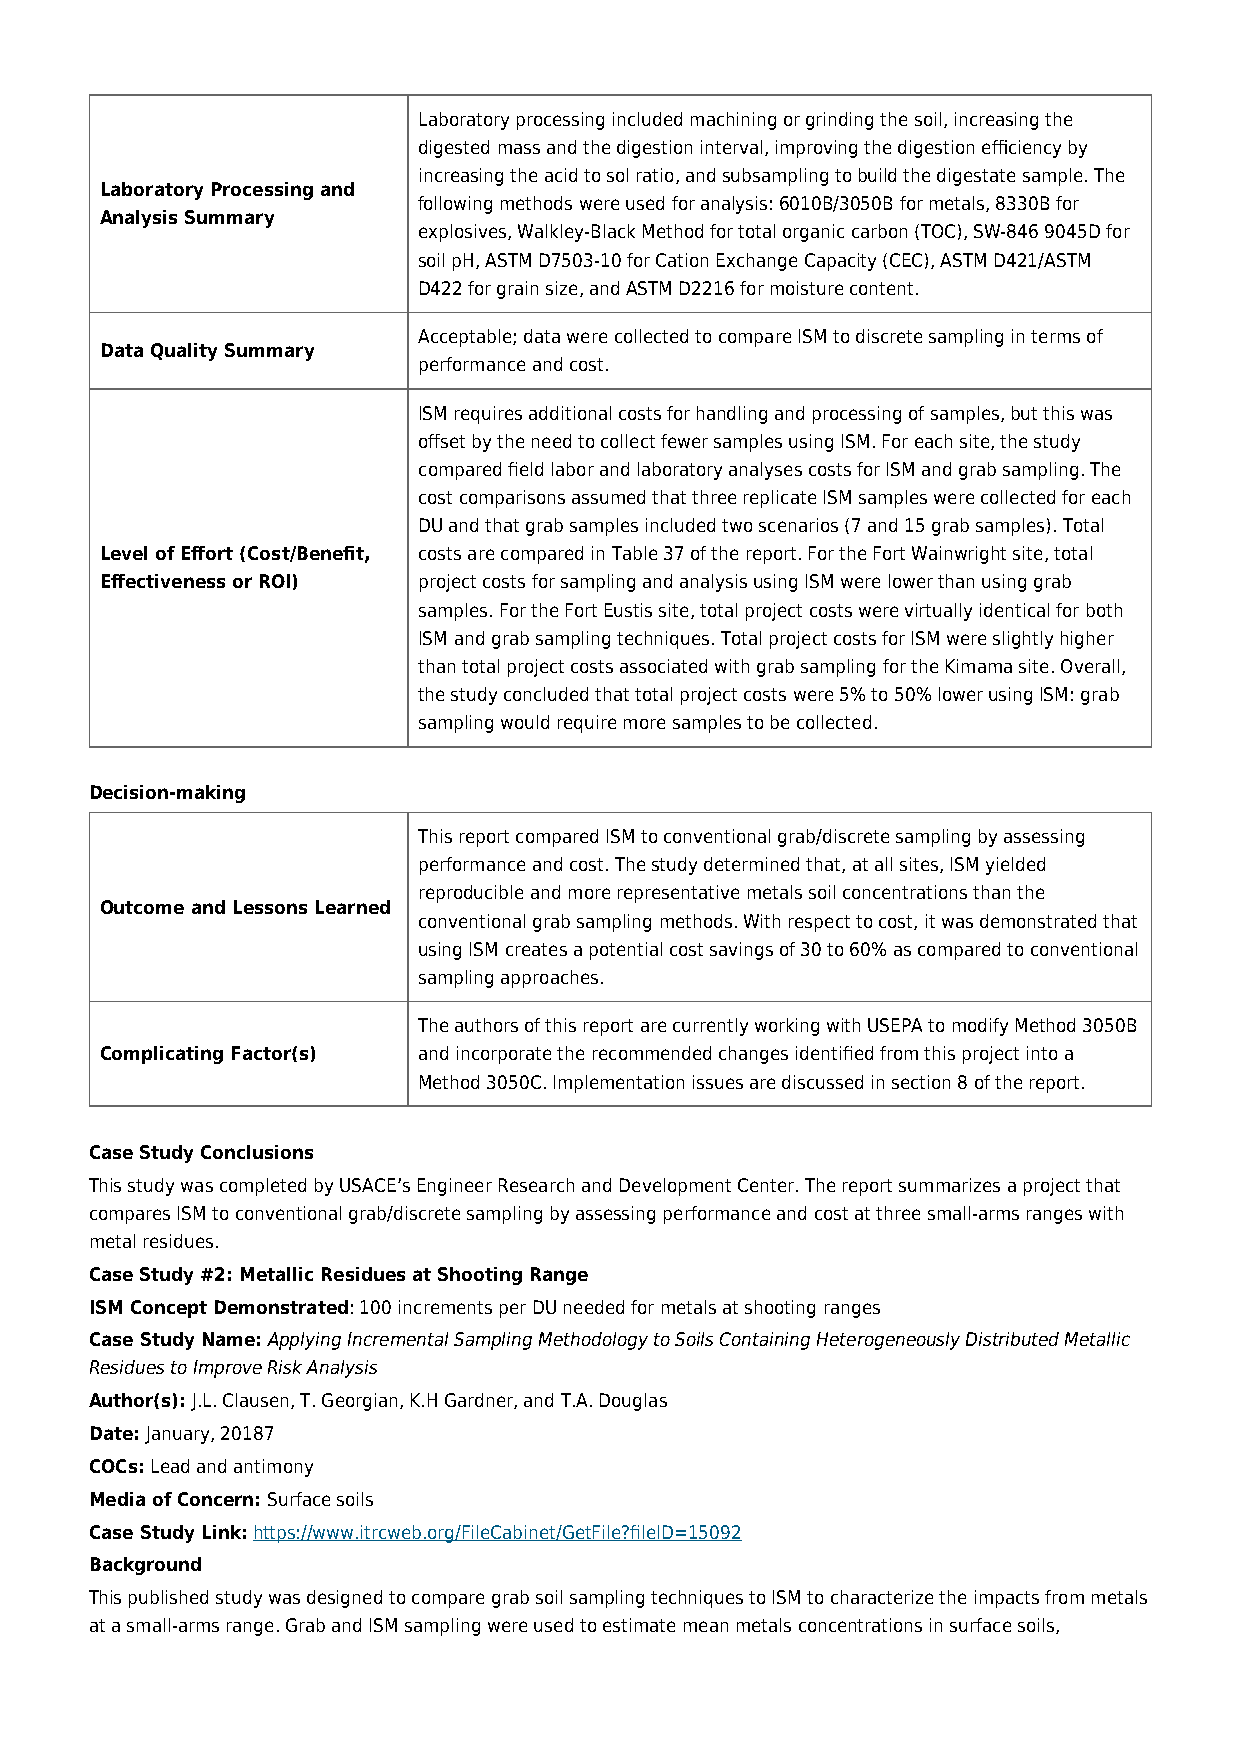
Laboratory processing included machining or grinding the soil, increasing the
 digested mass and the digestion interval, improving the digestion efficiency by
 increasing the acid to sol ratio, and subsampling to build the digestate sample. The
 Laboratory Processing and
 following methods were used for analysis: 6010B/3050B for metals, 8330B for
 Analysis Summary
 explosives, Walkley-Black Method for total organic carbon (TOC), SW-846 9045D for
 soil pH, ASTM D7503-10 for Cation Exchange Capacity (CEC), ASTM D421/ASTM
 D422 for grain size, and ASTM D2216 for moisture content.
 Acceptable; data were collected to compare ISM to discrete sampling in terms of
 Data Quality Summary
 performance and cost.
 ISM requires additional costs for handling and processing of samples, but this was
 offset by the need to collect fewer samples using ISM. For each site, the study
 compared field labor and laboratory analyses costs for ISM and grab sampling. The
 cost comparisons assumed that three replicate ISM samples were collected for each
 DU and that grab samples included two scenarios (7 and 15 grab samples). Total
 Level of Effort (Cost/Benefit, costs are compared in Table 37 of the report. For the Fort Wainwright site, total
 Effectiveness or ROI) project costs for sampling and analysis using ISM were lower than using grab
 samples. For the Fort Eustis site, total project costs were virtually identical for both
 ISM and grab sampling techniques. Total project costs for ISM were slightly higher
 than total project costs associated with grab sampling for the Kimama site. Overall,
 the study concluded that total project costs were 5% to 50% lower using ISM: grab
 sampling would require more samples to be collected.
 Decision-making
 This report compared ISM to conventional grab/discrete sampling by assessing
 performance and cost. The study determined that, at all sites, ISM yielded
 reproducible and more representative metals soil concentrations than the
 Outcome and Lessons Learned
 conventional grab sampling methods. With respect to cost, it was demonstrated that
 using ISM creates a potential cost savings of 30 to 60% as compared to conventional
 sampling approaches.
 The authors of this report are currently working with USEPA to modify Method 3050B
 Complicating Factor(s) and incorporate the recommended changes identified from this project into a
 Method 3050C. Implementation issues are discussed in section 8 of the report.
 Case Study Conclusions
 This study was completed by USACE’s Engineer Research and Development Center. The report summarizes a project that
 compares ISM to conventional grab/discrete sampling by assessing performance and cost at three small-arms ranges with
 metal residues.
 Case Study #2: Metallic Residues at Shooting Range
 ISM Concept Demonstrated: 100 increments per DU needed for metals at shooting ranges
 Case Study Name: Applying Incremental Sampling Methodology to Soils Containing Heterogeneously Distributed Metallic
 Residues to Improve Risk Analysis
 Author(s): J.L. Clausen, T. Georgian, K.H Gardner, and T.A. Douglas
 Date: January, 20187
 COCs: Lead and antimony
 Media of Concern: Surface soils
 Case Study Link: https://www.itrcweb.org/FileCabinet/GetFile?fileID=15092
 Background
 This published study was designed to compare grab soil sampling techniques to ISM to characterize the impacts from metals
 at a small-arms range. Grab and ISM sampling were used to estimate mean metals concentrations in surface soils,